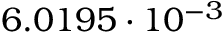
6 . 0 1 9 5 \cdot 1 0 ^ { - 3 }